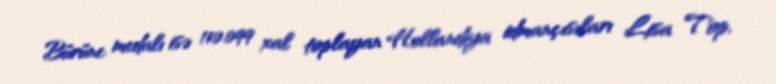
Bürünc medalı isə 110.099 xal toplayan Hollandiya idmançısıları Lisa Top,